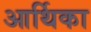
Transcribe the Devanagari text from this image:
आर्थिका